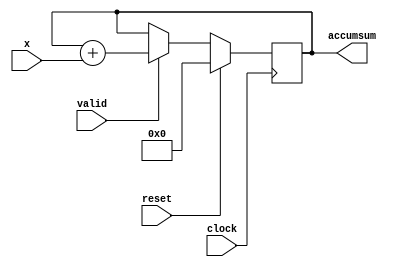
// This program was cloned from: https://github.com/davidthings/spokefpga
// License: Apache License 2.0

module add_accum( clock, reset, x, valid, accumsum );
    input clock;
    input reset;
    input [3:0] x;
    input valid;
    output reg [7:0] accumsum;

    always @(posedge clock) begin
        if ( reset )
            accumsum <= 0;
        else
            if ( valid )
                accumsum <= accumsum + x;
    end
endmodule